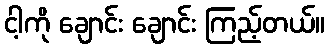
ငါ့ကို ချောင်း ချောင်း ကြည့်တယ်။